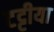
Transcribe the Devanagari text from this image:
टट्टीया